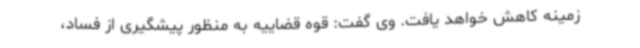
زمینه کاهش خواهد یافت. وی گفت: قوه قضاییه به منظور پیشگیری از فساد،